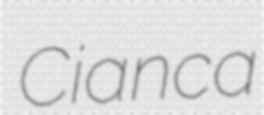
Cianca